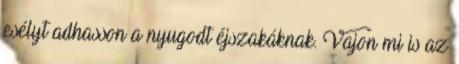
esélyt adhasson a nyugodt éjszakáknak. Vajon mi is az